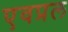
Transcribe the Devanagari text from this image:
एवप्रल